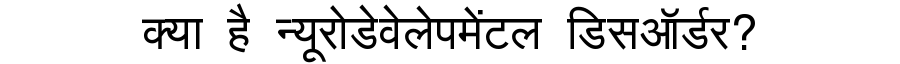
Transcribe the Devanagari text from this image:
क्या है न्यूरोडेवेलेपमेंटल डिसऑर्डर?